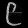
Digit: ၉